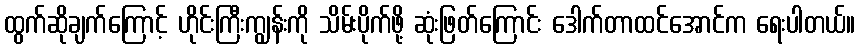
ထွက်ဆိုချက်ကြောင့် ဟိုင်းကြီးကျွန်းကို သိမ်းပိုက်ဖို့ ဆုံးဖြတ်ကြောင်း ဒေါက်တာထင်အောင်က ရေးပါတယ်။